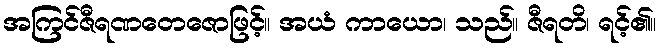
အကြင်ဇီရဏတေဇောဖြင့်။ အယံ ကာယော၊ သည်။ ဇီရတိ၊ ရင့်၏။